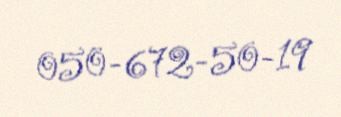
050-672-50-19